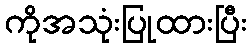
ကိုအသုံးပြုထားပြီး